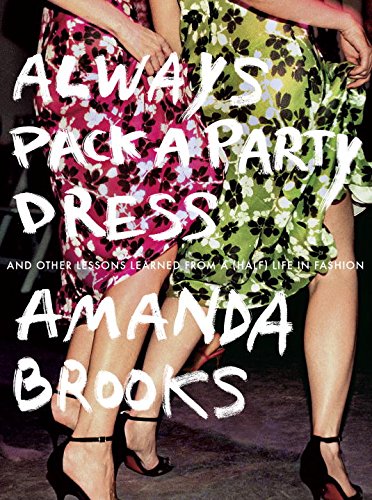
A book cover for Always Pack a Party Dress: And Other Lessons Learned From a (Half) Life in Fashion; Amanda Brooks; Arts & Photography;